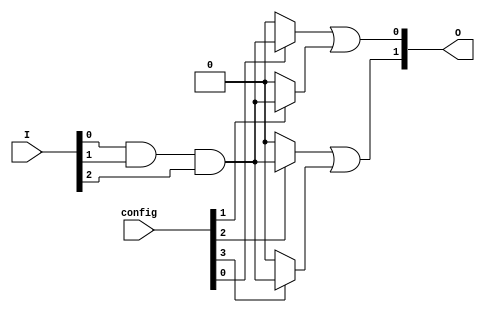
module jewel_pal (
    input wire [N-1:0] I,        // Input pins (I1, I2, ..., In)
    input wire [M-1:0] config,   // Configuration input for AND gates
    output wire [P-1:0] O        // Output pins
);

// Parameter Definitions
parameter N = 8;               // Number of input pins
parameter M = 4;               // Number of programmable AND gates
parameter P = 2;               // Number of output pins

// Internal wires for AND gate outputs
wire [M-1:0] and_out;

// Programmable AND Gates
genvar i;
generate
    for (i = 0; i < M; i = i + 1) begin : and_gates
        assign and_out[i] = (config[i] == 1'b1) ? (I[0] & I[1] & I[2]) : 1'b0; // Example logic
    end
endgenerate

// Fixed OR Gates
assign O[0] = and_out[0] | and_out[1]; // OR gate for first output
assign O[1] = and_out[2] | and_out[3]; // OR gate for second output

endmodule